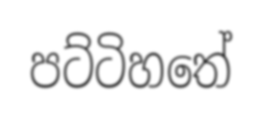
පට්ටිහතේ